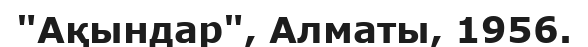
"Ақындар", Алматы, 1956.